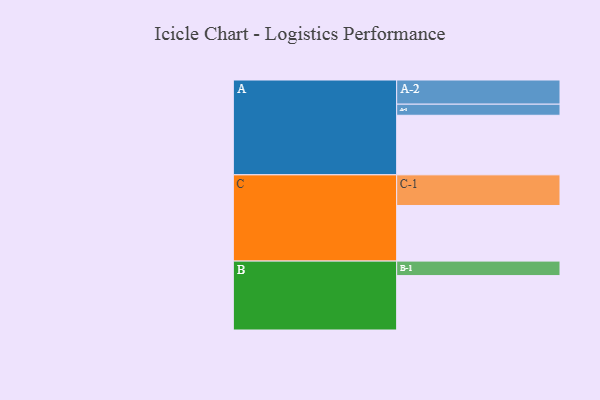
{"axis": {"x": "Segment", "y": "Value"}, "legend": ["", "A", "B", "C"], "data": [{"x": "A", "y": 542, "type": ""}, {"x": "B", "y": 495, "type": ""}, {"x": "C", "y": 506, "type": ""}, {"x": "A-1", "y": 101, "type": "A"}, {"x": "A-2", "y": 220, "type": "A"}, {"x": "B-1", "y": 132, "type": "B"}, {"x": "C-1", "y": 279, "type": "C"}]}